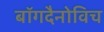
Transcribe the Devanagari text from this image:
बॉगदैनोविच